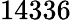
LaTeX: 14336